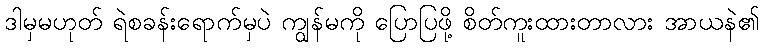
ဒါမှမဟုတ် ရဲစခန်းရောက်မှပဲ ကျွန်မကို ပြောပြဖို့ စိတ်ကူးထားတာလား အာယနဲ၏